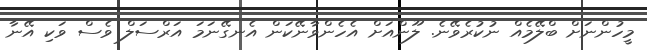
މީހުންނަށް ބްލޭމެއް ނުކުރެވޭނެ. ލޫންއަށް އެހެންވާނޭކަން އެނގޭނަމަ އަރްސަލް ވެސް ވަކި އޭނާ